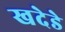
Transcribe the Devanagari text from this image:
खदेडे